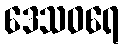
ဒေသဝရေ